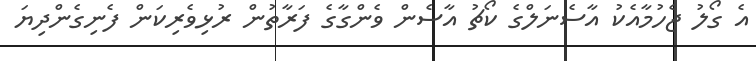
އެ ގޯލު ޖެހުމާއެކު އާސެނަލްގެ ކޯޗު އާސެން ވެންގާގެ ފަރާތުން ރުޅިވެރިކަން ފެނިގެންދިޔަ